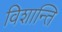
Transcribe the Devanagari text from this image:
विशान्ति